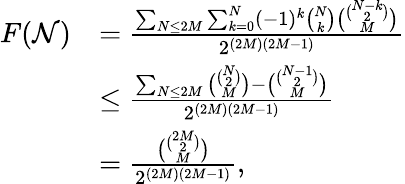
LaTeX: \begin{array}{rl}{F(\mathcal{N})}&{=\frac{\sum_{N\leq 2M}\sum_{k=0}^{N}(-1)^{k}\binom{N}{k}\binom{\binom{N-k}{2}}{M}}{2^{(2M)(2M-1)}}}\\ &{\leq\frac{\sum_{N\leq 2M}\binom{\binom{N}{2}}{M}-\binom{\binom{N-1}{2}}{M}}{2^{(2M)(2M-1)}}}\\ &{=\frac{\binom{\binom{2M}{2}}{M}}{2^{(2M)(2M-1)}},}\end{array}